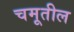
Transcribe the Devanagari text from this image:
चमूतील